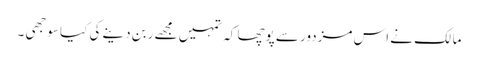
مالک نے اس مزدور سے پوچھا کہ تمہیں مجھے ربن دینے کی کیا سوجھی ۔